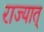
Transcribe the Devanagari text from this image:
राज्यात्